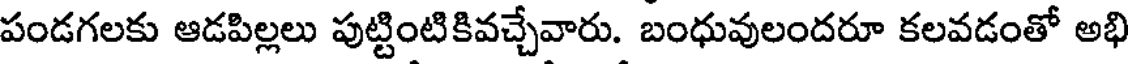
పండగలకు ఆడపిల్లలు పుట్టింటికివచ్చేవారు. బంధువులందరూ కలవడంతో అభి